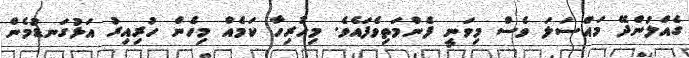
ގެއްލުންދޭ މައްސަލަ ވެސް މިވަނީ ފެންމަތިވެފައެވެ. މިހުރިހާ ކަމެއް މިހެން ހުރިއިރު އަޅުގަނޑުމެން